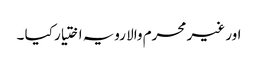
اور غیر محرم والا رویہ اختیار کیا ۔